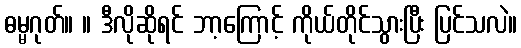
ဓမ္မဂုတ်။ ။ ဒီလိုဆိုရင် ဘာ့ကြောင့် ကိုယ်တိုင်သွားပြီး ပြင်သလဲ။